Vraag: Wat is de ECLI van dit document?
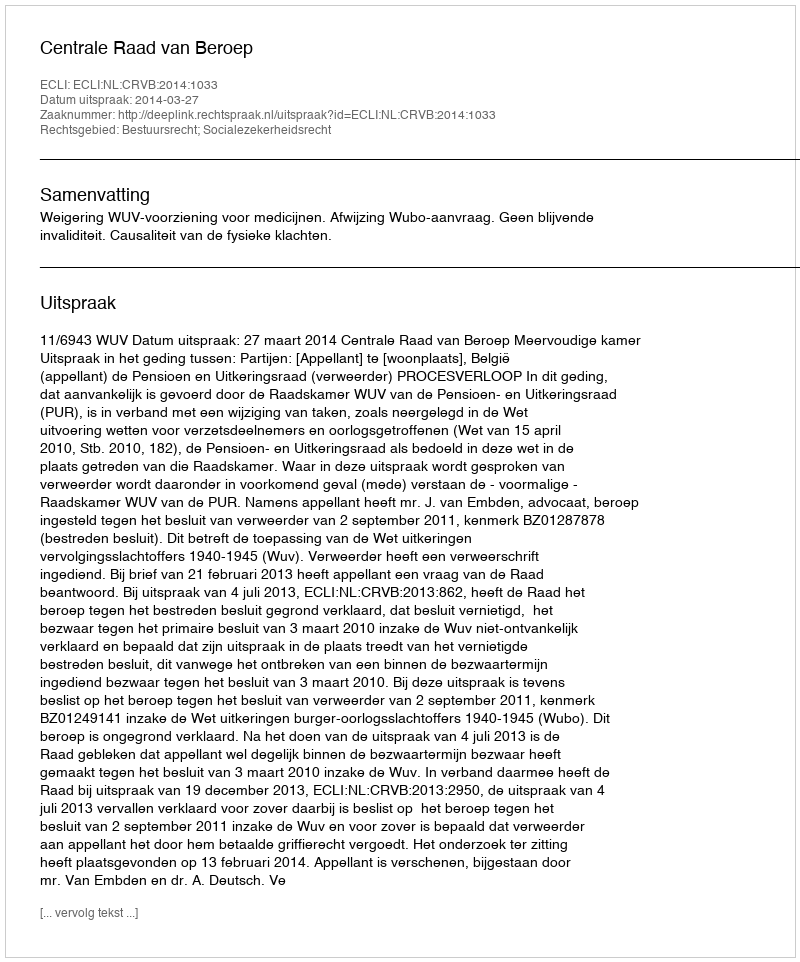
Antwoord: ECLI:NL:CRVB:2014:1033